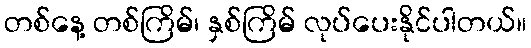
တစ်နေ့ တစ်ကြိမ်၊ နှစ်ကြိမ် လုပ်ပေးနိုင်ပါတယ်။